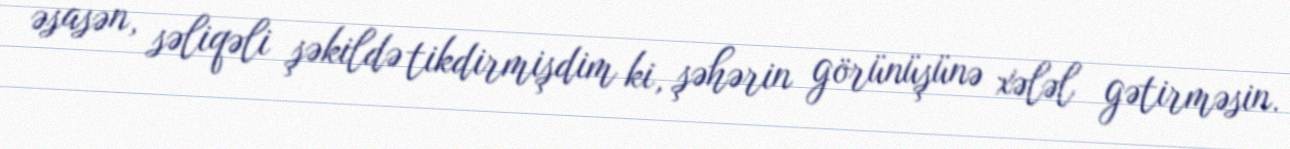
əsasən, səliqəli şəkildə tikdirmişdim ki, şəhərin görünüşünə xələl gətirməsin.